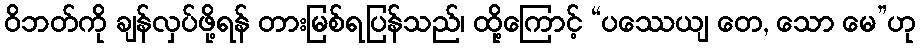
ဝိဘတ်ကို ချန်လှပ်ဖို့ရန် တားမြစ်ရပြန်သည်၊ ထို့ကြောင့် “ပဿေယျ တေ, သော မေ”ဟု